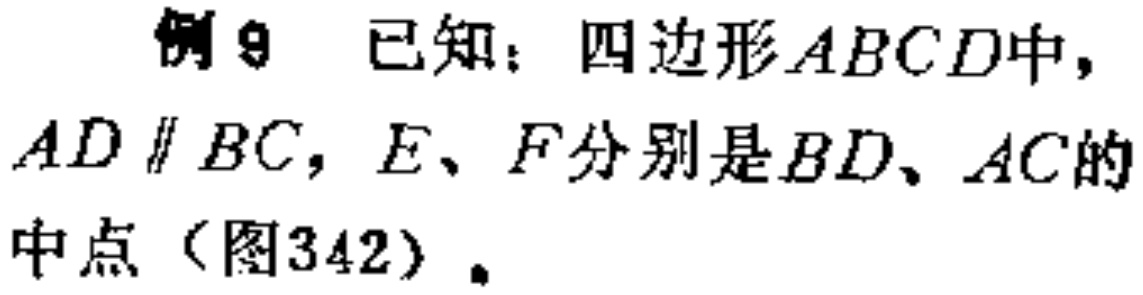
例9 已知：四边形\(ABCD\)中，\(AD \parallel BC\)，\(E、F\)分别是\(BD、AC\)的中点（图342）.